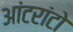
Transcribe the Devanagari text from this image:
आंटरांटो